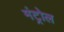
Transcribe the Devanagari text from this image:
मंट्रोल